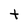
Character: t